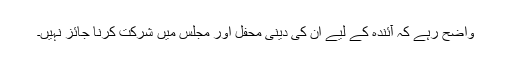
واضح رہے کہ آئندہ کے لیے ان کی دینی محفل اور مجلس میں شرکت کرنا جائز نہیں۔